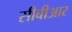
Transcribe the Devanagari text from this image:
सीबीआर